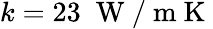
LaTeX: k=23\; \mathrm{~W~/~m~K~}